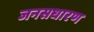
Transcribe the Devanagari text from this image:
जनसधारण